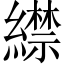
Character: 䌝